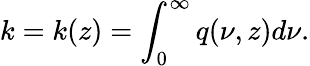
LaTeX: k=k(z)=\int_{0}^{\infty}q(\nu,z)d\nu.